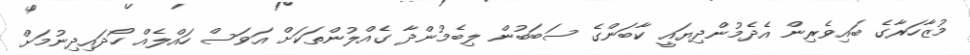
މުޒާހަރާގެ ބައިވެރިން އެދެމުންދިޔައީ ކާބަންގެ ސަބަބުން ލިބެމުންދާ ގެއްލުންތަކަށް އަވަސް ހައްލެއް ހޯދައިދިނުމަށް